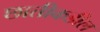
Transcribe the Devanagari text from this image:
छातीकडील